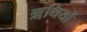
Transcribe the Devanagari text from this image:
ॠथियों